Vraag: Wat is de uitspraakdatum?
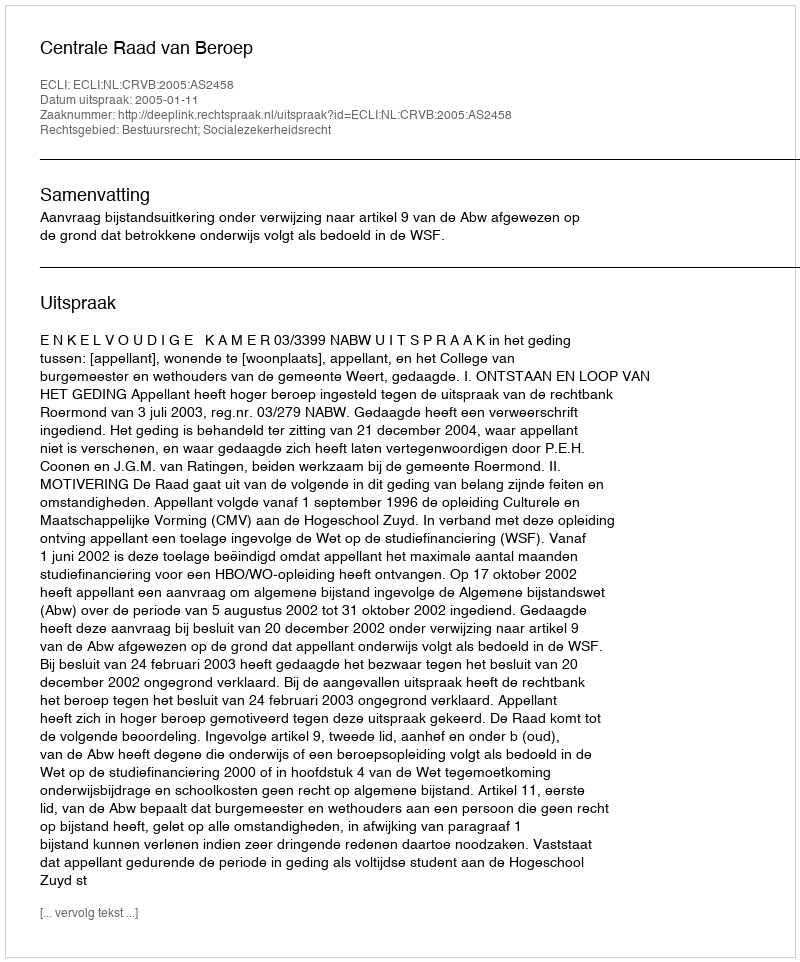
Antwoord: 2005-01-11